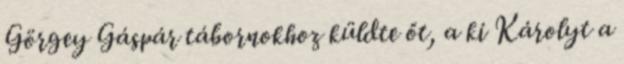
Görgey Gáspár tábornokhoz küldte őt, a ki Károlyt a